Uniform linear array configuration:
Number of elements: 24
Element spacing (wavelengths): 0.5
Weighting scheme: uniform
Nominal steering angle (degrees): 0
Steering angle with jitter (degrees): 0.329
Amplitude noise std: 0.05
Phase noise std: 0.05

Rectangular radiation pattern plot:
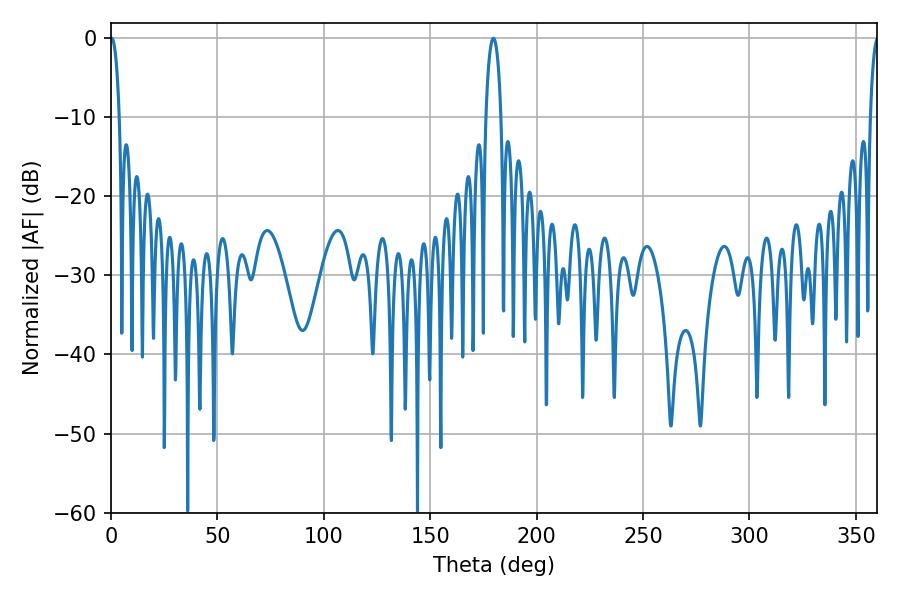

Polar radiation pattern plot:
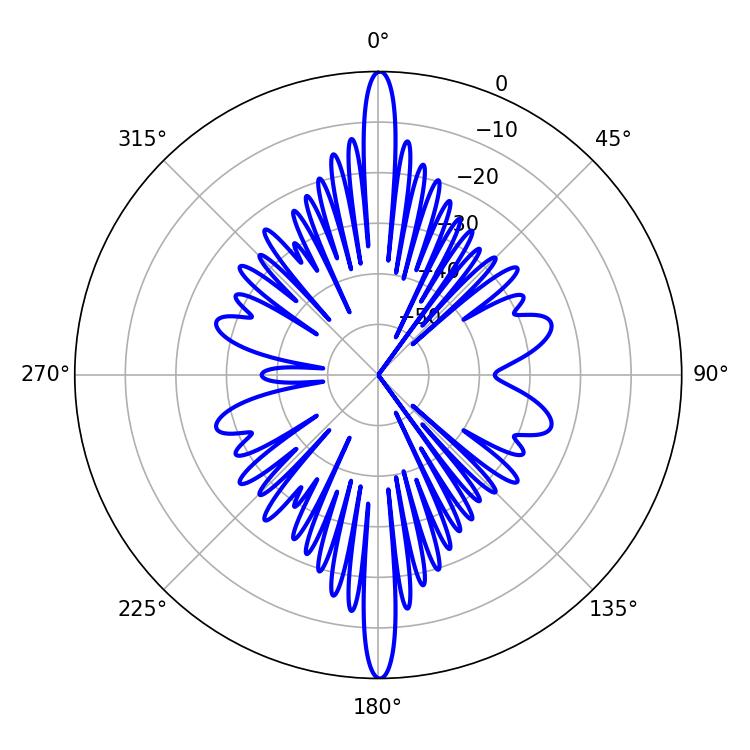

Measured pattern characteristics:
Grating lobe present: FALSE
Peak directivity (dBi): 32.58
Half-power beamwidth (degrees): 3.96
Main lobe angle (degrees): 179.64